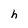
Character: h